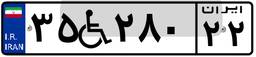
۵۳W۵۶۰۶۹